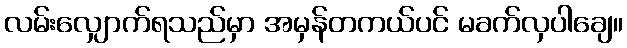
လမ်းလျှောက်ရသည်မှာ အမှန်တကယ်ပင် မခက်လှပါချေ။